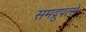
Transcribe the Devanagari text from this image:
समद्रुपत्से